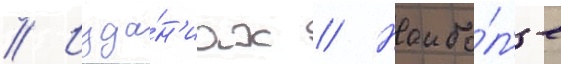
// Изда́н'иах // Наибо́л'ее